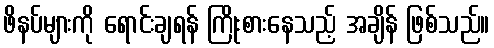
ဖိနပ်များကို ရောင်းချရန် ကြိုးစားနေသည့် အချိန် ဖြစ်သည်။